Document type: Acquittance
Year: 1296
Scribe: Jaume de Malví
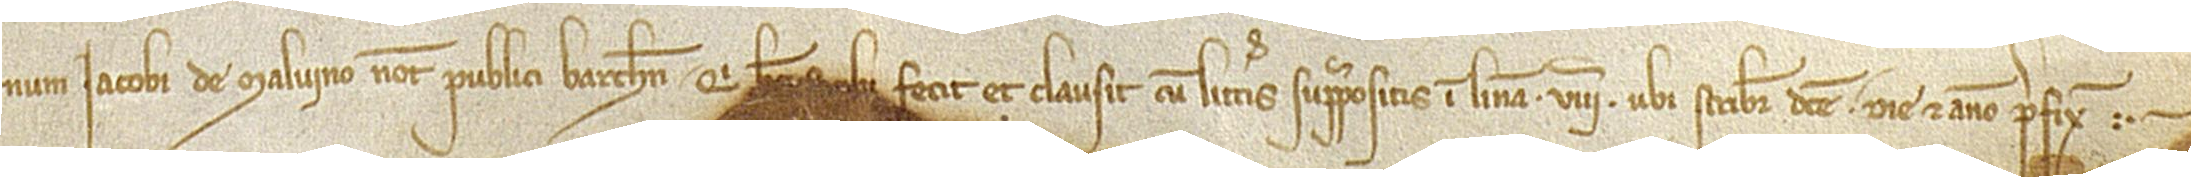
num Iacobi de Malvino, notarii publici Barchinone, qui hec scribi fecit et clausit cum litteris suprapositis in linea VIIIª, ubi scribitur “dicte”, die et anno prefixis.